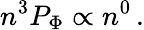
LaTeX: n^{3}P_{\mathrm{\Phi}}\propto n^{0}\, .